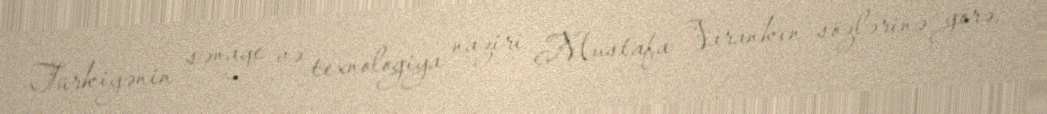
Türkiyənin sənaye və texnologiya naziri Mustafa Varankın sözlərinə görə,